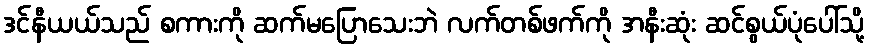
ဒင်နီယယ်သည် စကားကို ဆက်မပြောသေးဘဲ လက်တစ်ဖက်ကို အနီးဆုံး ဆင်စွယ်ပုံပေါ်သို့